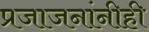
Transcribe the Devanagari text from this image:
प्रजाजनांनीही